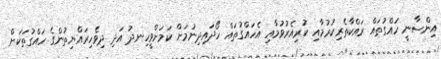
އިންސާނީ ހައްގުތައް ރައްކާތެރިކުރުމާއި ކުރިއެރުވުމާއި އެހައްގުތައް ހޯދައިދިނުމަށް ކަމަށްވީހިނދު އަދި ދިވެހިރައްޔިތުންގެ ހައްގުތަކަށް